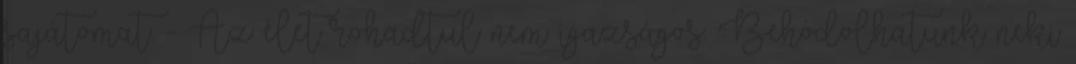
sajátomat. - Az élet rohadtul nem igazságos. Behódolhatunk neki